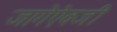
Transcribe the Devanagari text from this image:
जागेऐवजी